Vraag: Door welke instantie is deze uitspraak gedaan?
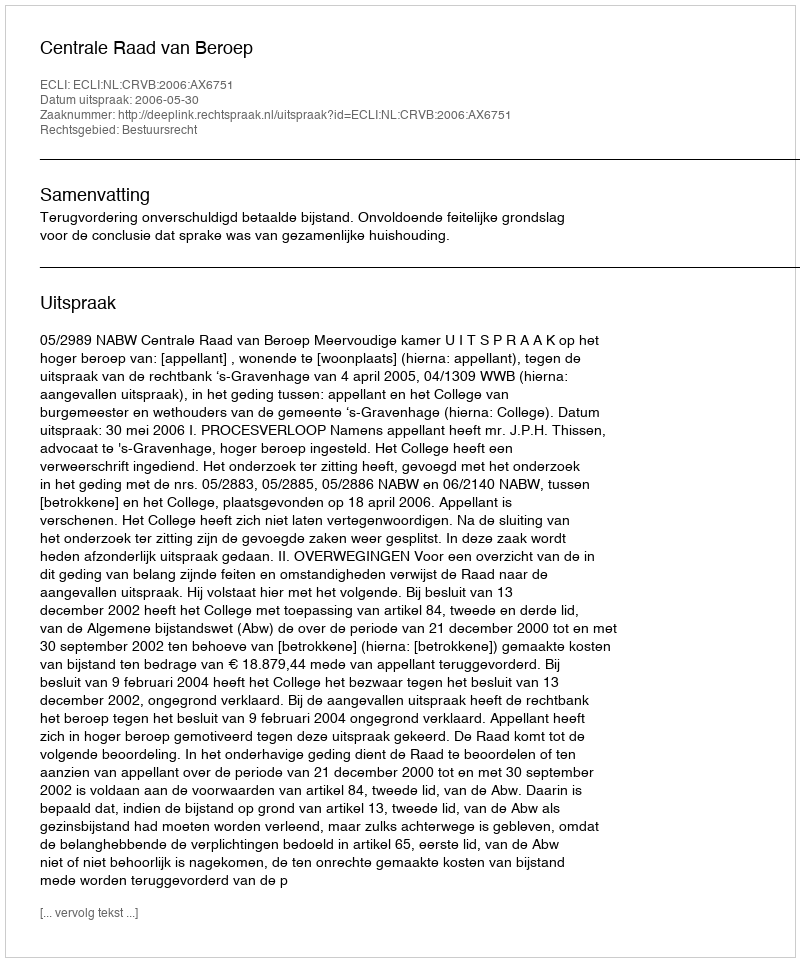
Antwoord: Centrale Raad van Beroep